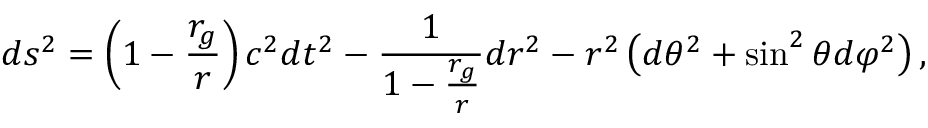
d s ^ { 2 } = \left( 1 - \frac { r _ { g } } { r } \right) c ^ { 2 } d t ^ { 2 } - \frac { 1 } { 1 - \frac { r _ { g } } { r } } d r ^ { 2 } - r ^ { 2 } \left( d \theta ^ { 2 } + \sin ^ { 2 } \theta d \varphi ^ { 2 } \right) ,